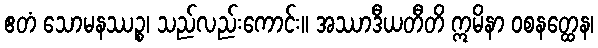
ဧတံ သောမနဿဉ္စ၊ သည်လည်းကောင်း။ အဿာဒီယတီတိ ဣမိနာ ဝစနတ္ထေန၊